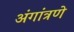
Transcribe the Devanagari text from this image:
अंगांत्रणे